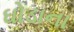
ઘોડાના